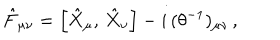
LaTeX: \hat { F } _ { \mu \nu } = \left[ \hat { X } _ { \mu } , \, \hat { X } _ { \nu } \right] - i \, ( \theta ^ { - 1 } ) _ { \mu \nu } \, ,